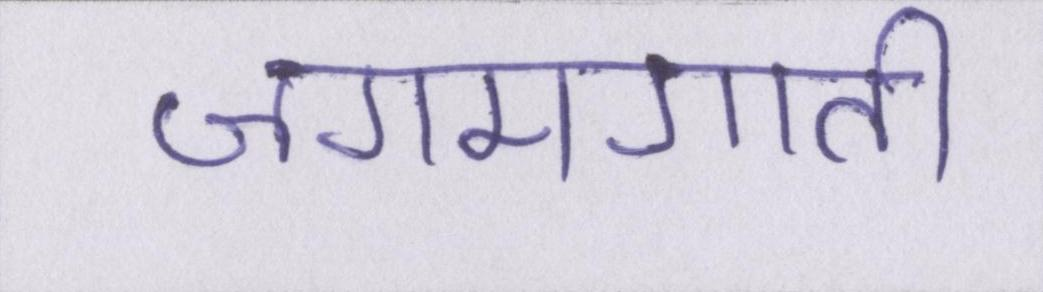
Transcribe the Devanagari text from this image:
जगमगाती